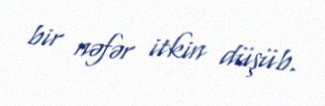
bir nəfər itkin düşüb.